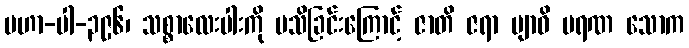
မဟာ-ပါ-၃၉၆၊ သစ္စာလေးပါးကို မသိခြင်းကြောင့် ဇာတိ ဇရာ ဗျာဓိ မရဏ သောက